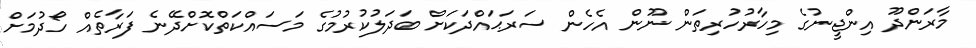
މާރަންދޫ އިންޖީނުގެ މިހާރުހުރިތަން ނޫން އެހެން ސަރަޙައްދަކަށް ބަދަލުކުރުމުގެ މަސައްކަތްކޮށްދޭނެ ފަރާތެއް ހޯދުމަށް